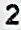
2